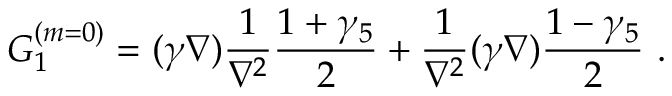
G _ { 1 } ^ { ( m = 0 ) } = ( \gamma \nabla ) \frac { 1 } { \nabla ^ { 2 } } \frac { 1 + \gamma _ { 5 } } { 2 } + \frac { 1 } { \nabla ^ { 2 } } ( \gamma \nabla ) \frac { 1 - \gamma _ { 5 } } { 2 } ~ .